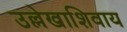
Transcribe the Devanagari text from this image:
उल्लेखाशिवाय